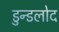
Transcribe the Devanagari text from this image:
डुन्डलोद